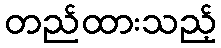
တည်ထားသည့်